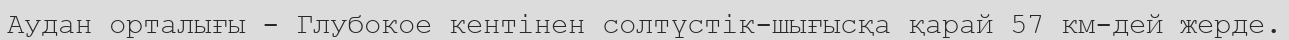
Аудан орталығы - Глубокое кентінен солтүстік-шығысқа қарай 57 км-дей жерде.